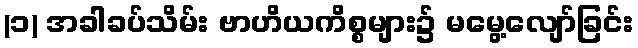
(၁) အခါခပ်သိမ်း ဗာဟိယကိစ္စများ၌ မမွေ့လျော်ခြင်း